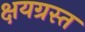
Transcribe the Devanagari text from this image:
क्षयग्रस्त